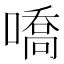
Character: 嘺